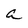
Character: a